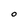
Character: O